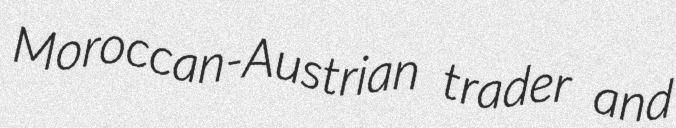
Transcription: Moroccan-Austrian trader and